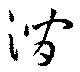
澗